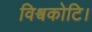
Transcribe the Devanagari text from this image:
विश्वकोटि।